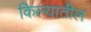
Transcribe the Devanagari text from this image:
किल्यातील